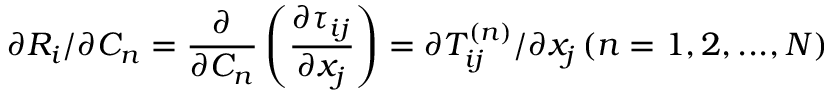
\partial { R _ { i } } / \partial { C _ { n } } = \frac { \partial } { { \partial { C _ { n } } } } \left( { \frac { { \partial { \tau _ { i j } } } } { { \partial { x _ { j } } } } } \right) = \mathrm { { } } \partial T _ { i j } ^ { \left( n \right) } / \partial { x _ { j } } \left( { n = 1 , 2 , . . . , N } \right)